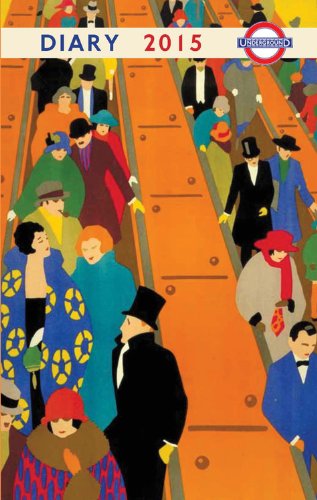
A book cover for London Underground Poster Diary 2015; Frances Lincoln; Crafts, Hobbies & Home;